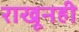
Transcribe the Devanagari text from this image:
राखूनही